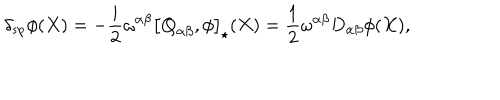
LaTeX: \delta _ { \mathrm { s p } } \phi ( X ) = - \frac { i } { 2 } \omega ^ { \alpha \beta } \left[ \mathbf { Q } _ { \alpha \beta } , \phi \right] _ { \star } ( X ) = \frac { 1 } { 2 } \omega ^ { \alpha \beta } D _ { \alpha \beta } \phi ( X ) ,